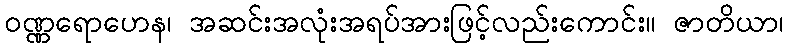
ဝဏ္ဏရောဟေန၊ အဆင်းအလုံးအရပ်အားဖြင့်လည်းကောင်း။ ဇာတိယာ၊